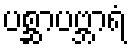
ပစ္ဆာပဗ္ဘာရံ